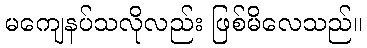
မကျေနပ်သလိုလည်း ဖြစ်မိလေသည်။